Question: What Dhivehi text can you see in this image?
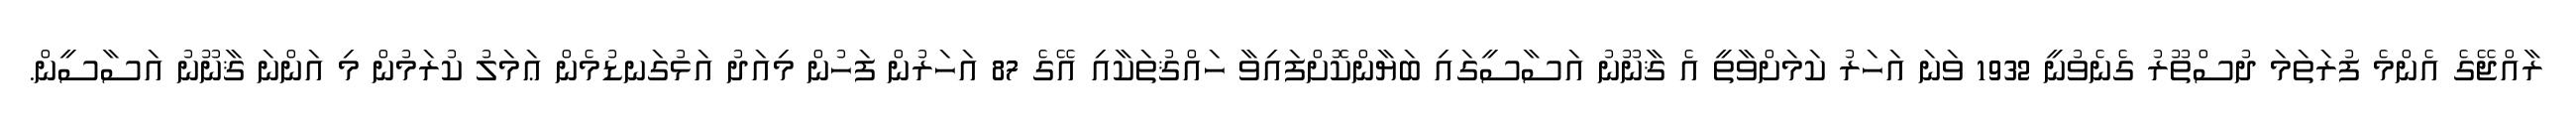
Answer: ރާއްޖޭގެ އެންމެ ފުރަތަމަ ދުސްތޫރު ގެނެވުނީ 1932 ވަނަ އަހަރު ކަމަށްވާތީ އެ ޤާނޫނު އަސާސީގައި ބަޔާންކޮށްފައިވާ ހައްޤުތަކާއި އޭގެ 87 އަހަރުން ފަހުން މިއަދު އަޅުގަނޑުމެން ޢަމަލު ކުރަމުން މި އަންނަ ޤާނޫނު އަސާސީން.